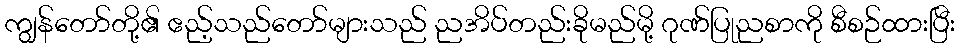
ကျွန်တော်တို့၏ ဧည့်သည်တော်များသည် ညအိပ်တည်းခိုမည်မို့ ဂုဏ်ပြုညစာကို စီစဉ်ထားပြီး